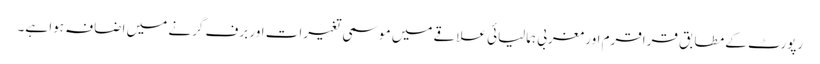
رپورٹ کے مطابق قراقرم اور مغربی ہمالیائی علاقے میں موسمی تغیرات اور برف گرنے میں اضافہ ہوا ہے۔